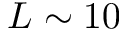
L \sim 1 0